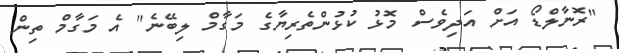
"ރޮނާލްޑޯ އަށް އަދިވެސް މޮޅު ކުޅުންތެރިޔާގެ މަގާމް ލިބޭނެ" އެ މަގާމް ތިން